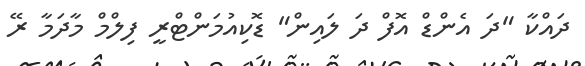
ދައްކާ "ދަ އެންޑް އޮފް ދަ ލައިން" ޑޮކިއުމަންޓްރީ ފިލްމް މާދަމާ ރޭ